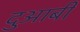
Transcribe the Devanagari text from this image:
दुआबी